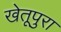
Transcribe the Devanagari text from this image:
खेतूपुरा